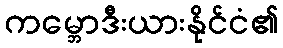
ကမ္ဘောဒီးယားနိုင်ငံ၏